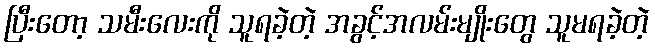
ပြီးတော့ သမီးလေးကို သူရခဲ့တဲ့ အခွင့်အလမ်းမျိုးတွေ သူမရခဲ့တဲ့